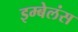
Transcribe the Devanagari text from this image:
इम्बेलंस